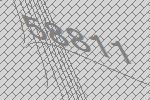
58811